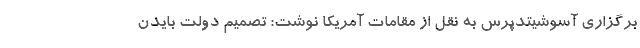
برگزاری آسوشیتدپرس به نقل از مقامات آمریکا نوشت: تصمیم دولت بایدن